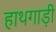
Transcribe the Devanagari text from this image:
हाथगाड़ी